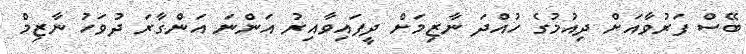
ބޭސް ފަރުވާއަށް ދިއުމުގެ ހުއްދަ ނާޒިމަށް ދީފައިވާއިރު އަންނަ އަންގާރަ ދުވަހު ނާޒިމް